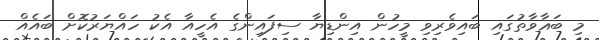
މި ބަޣާވާތުގައި ބައިވެރިވި މީހުން އިންޑިޔާ ސިފައިންގެ އެހީއާ އެކު ހައްޔަރުކޮށް ބައެއް